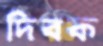
দিবক